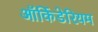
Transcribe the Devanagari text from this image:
ऑर्किडेरियम